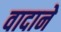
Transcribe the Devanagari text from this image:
वादाने